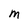
Character: M